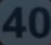
40